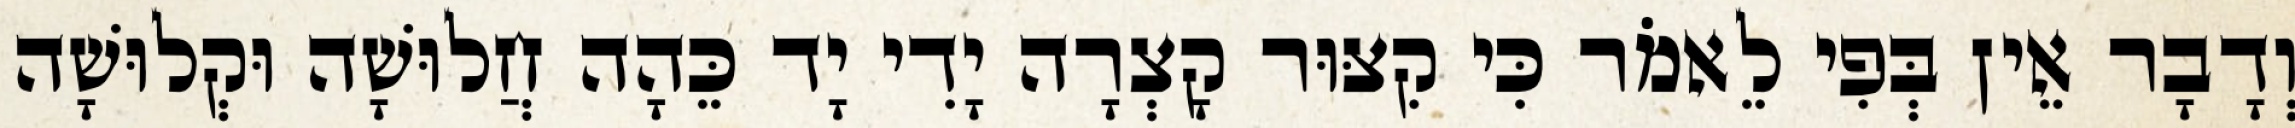
וְדָבָר אֵין בְּפִי לֵאמֹר כִּי קִצּוּר קָצְרָה יָדִי יָד כֵּהָה חֲלוּשָׁה וּקְלוּשָׁה